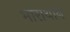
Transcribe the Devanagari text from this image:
भाराथान